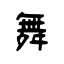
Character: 舞